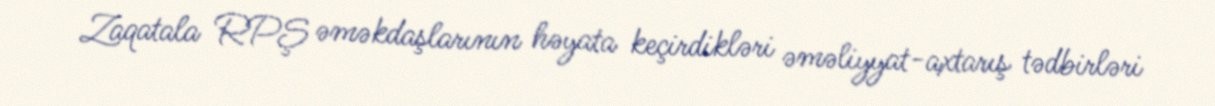
Zaqatala RPŞ əməkdaşlarının həyata keçirdikləri əməliyyat-axtarış tədbirləri